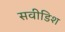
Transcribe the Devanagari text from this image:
सवीडिश